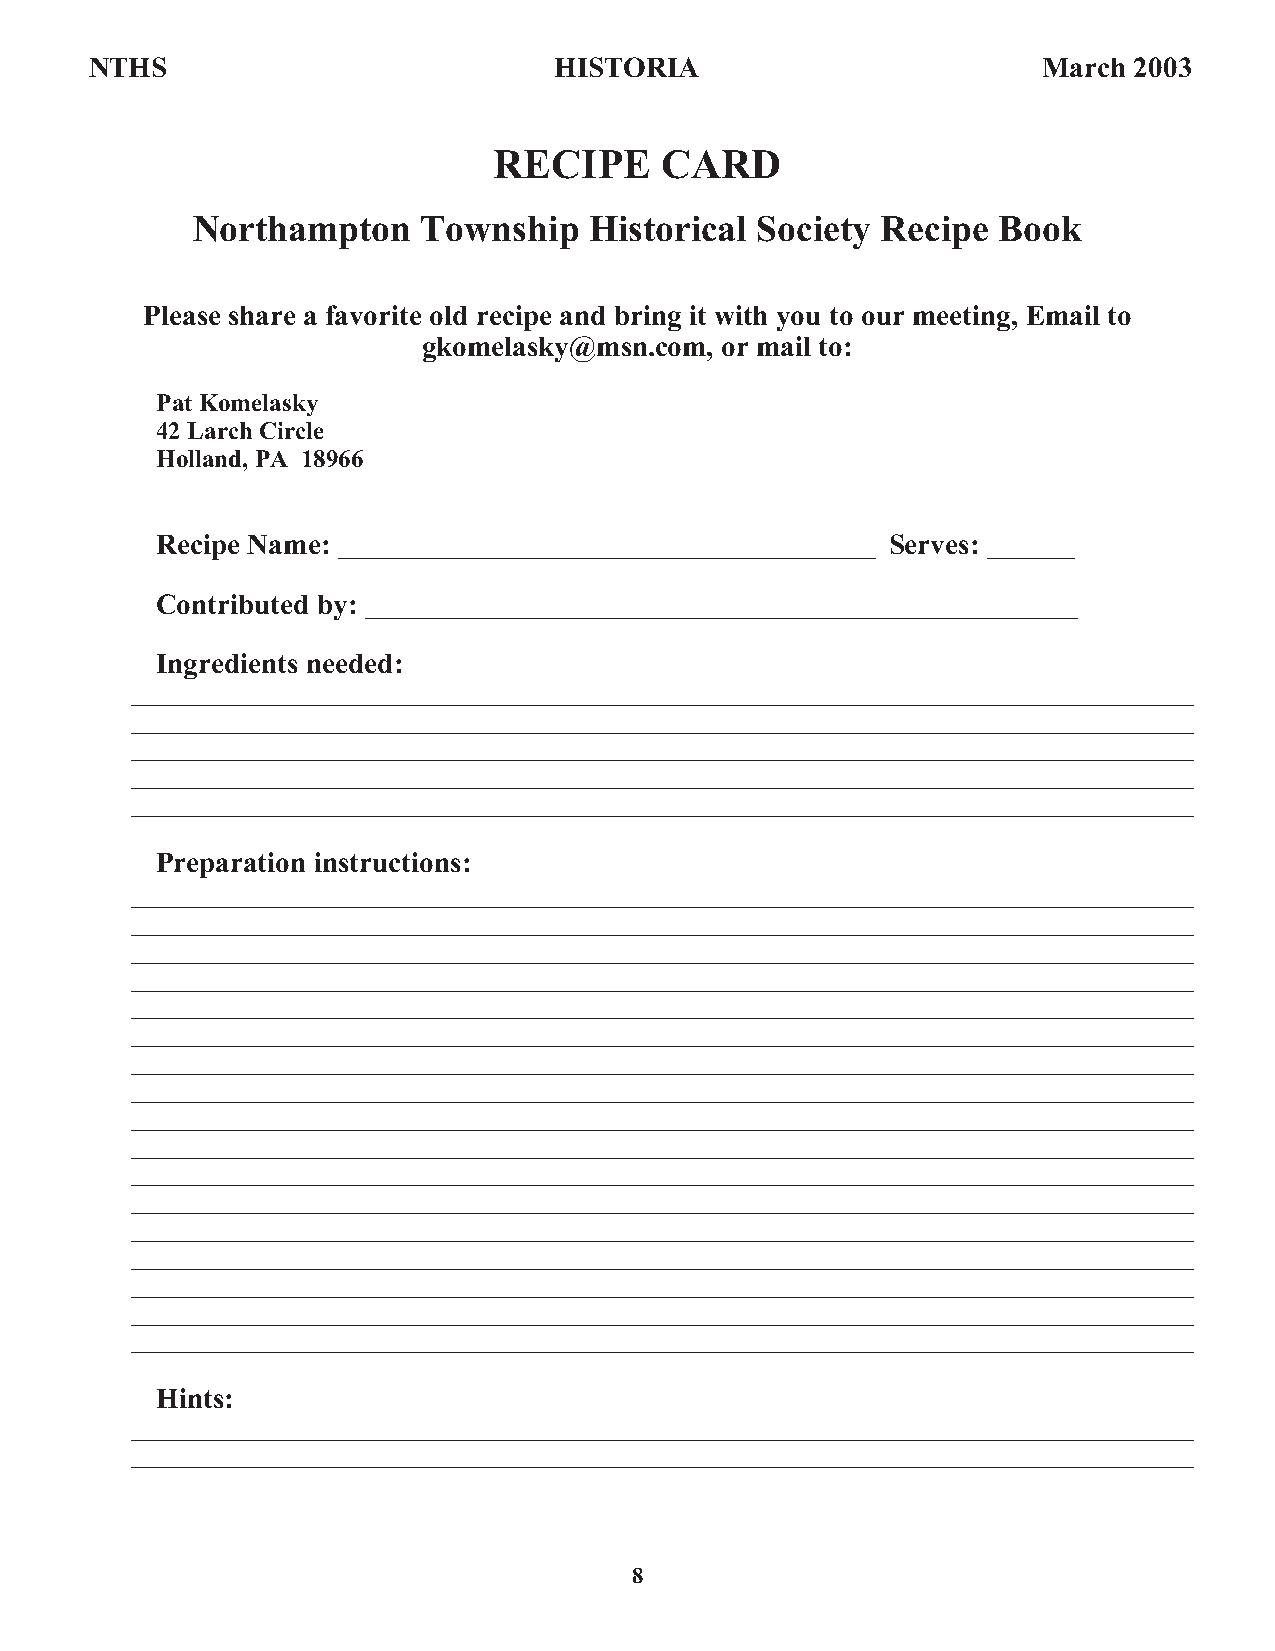
NTHS                           HISTORIA                        March 2003
 RECIPE     CARD
 Northampton    Township   Historical Society Recipe  Book
 Please share a favorite old recipe and bring it with you to our meeting, Email to
 gkomelasky@msn.com, or mail to:
 PatKomelasky
 42LarchCircle
 Holland,PA 18966
 Recipe Name: ___________________________________________ Serves: _______
 Contributed by: _________________________________________________________
 Ingredients needed:
 _____________________________________________________________________________________
 _____________________________________________________________________________________
 _____________________________________________________________________________________
 _____________________________________________________________________________________
 _____________________________________________________________________________________
 Preparation instructions:
 _____________________________________________________________________________________
 _____________________________________________________________________________________
 _____________________________________________________________________________________
 _____________________________________________________________________________________
 _____________________________________________________________________________________
 _____________________________________________________________________________________
 _____________________________________________________________________________________
 _____________________________________________________________________________________
 _____________________________________________________________________________________
 _____________________________________________________________________________________
 _____________________________________________________________________________________
 _____________________________________________________________________________________
 _____________________________________________________________________________________
 _____________________________________________________________________________________
 _____________________________________________________________________________________
 _____________________________________________________________________________________
 _____________________________________________________________________________________
 Hints:
 _____________________________________________________________________________________
 _____________________________________________________________________________________
 8